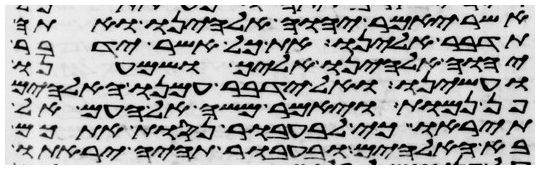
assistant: אשר יאמר יהוה אלהינו ואתה
תדבר אלינו את כל אשר ידבר
יהוה אלהינו אליך ושמענו
ועשינו ואל ידבר עמנו האלהים
פן נמות ויאמר משה אל העם אל
תיראו כי לבעבור נסות אתכם
בא האלהים ובעבור תהיה יראתו